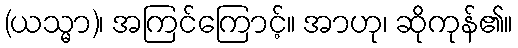
(ယသ္မာ)၊ အကြင်ကြောင့်။ အာဟု၊ ဆိုကုန်၏။